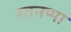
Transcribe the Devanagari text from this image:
रतनप्पा